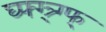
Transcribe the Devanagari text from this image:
घ्फ्ग्त्र्ग्फ्